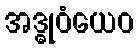
အဒ္ဓုဝံယေဝ